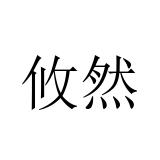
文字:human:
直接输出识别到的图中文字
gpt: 攸然